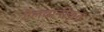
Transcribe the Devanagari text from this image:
गैलवानीकृत